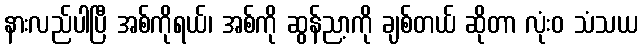
နားလည်ပါပြီ အစ်ကိုရယ်၊ အစ်ကို ဆွန်ညာ့ကို ချစ်တယ် ဆိုတာ လုံးဝ သံသယ